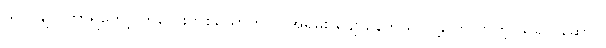
သူလိုချင် တာရတော့ ကလေးတစ်ယောက်လို အရမ်း ပျော်နေတယ် လို့ပြောလာတဲ့ သရုပ် ဆောင်